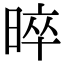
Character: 晬